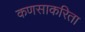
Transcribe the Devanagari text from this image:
कणसाकरिता